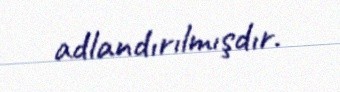
adlandırılmışdır.